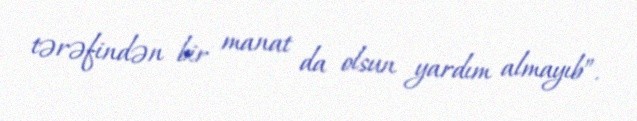
tərəfindən bir manat da olsun yardım almayıb”.